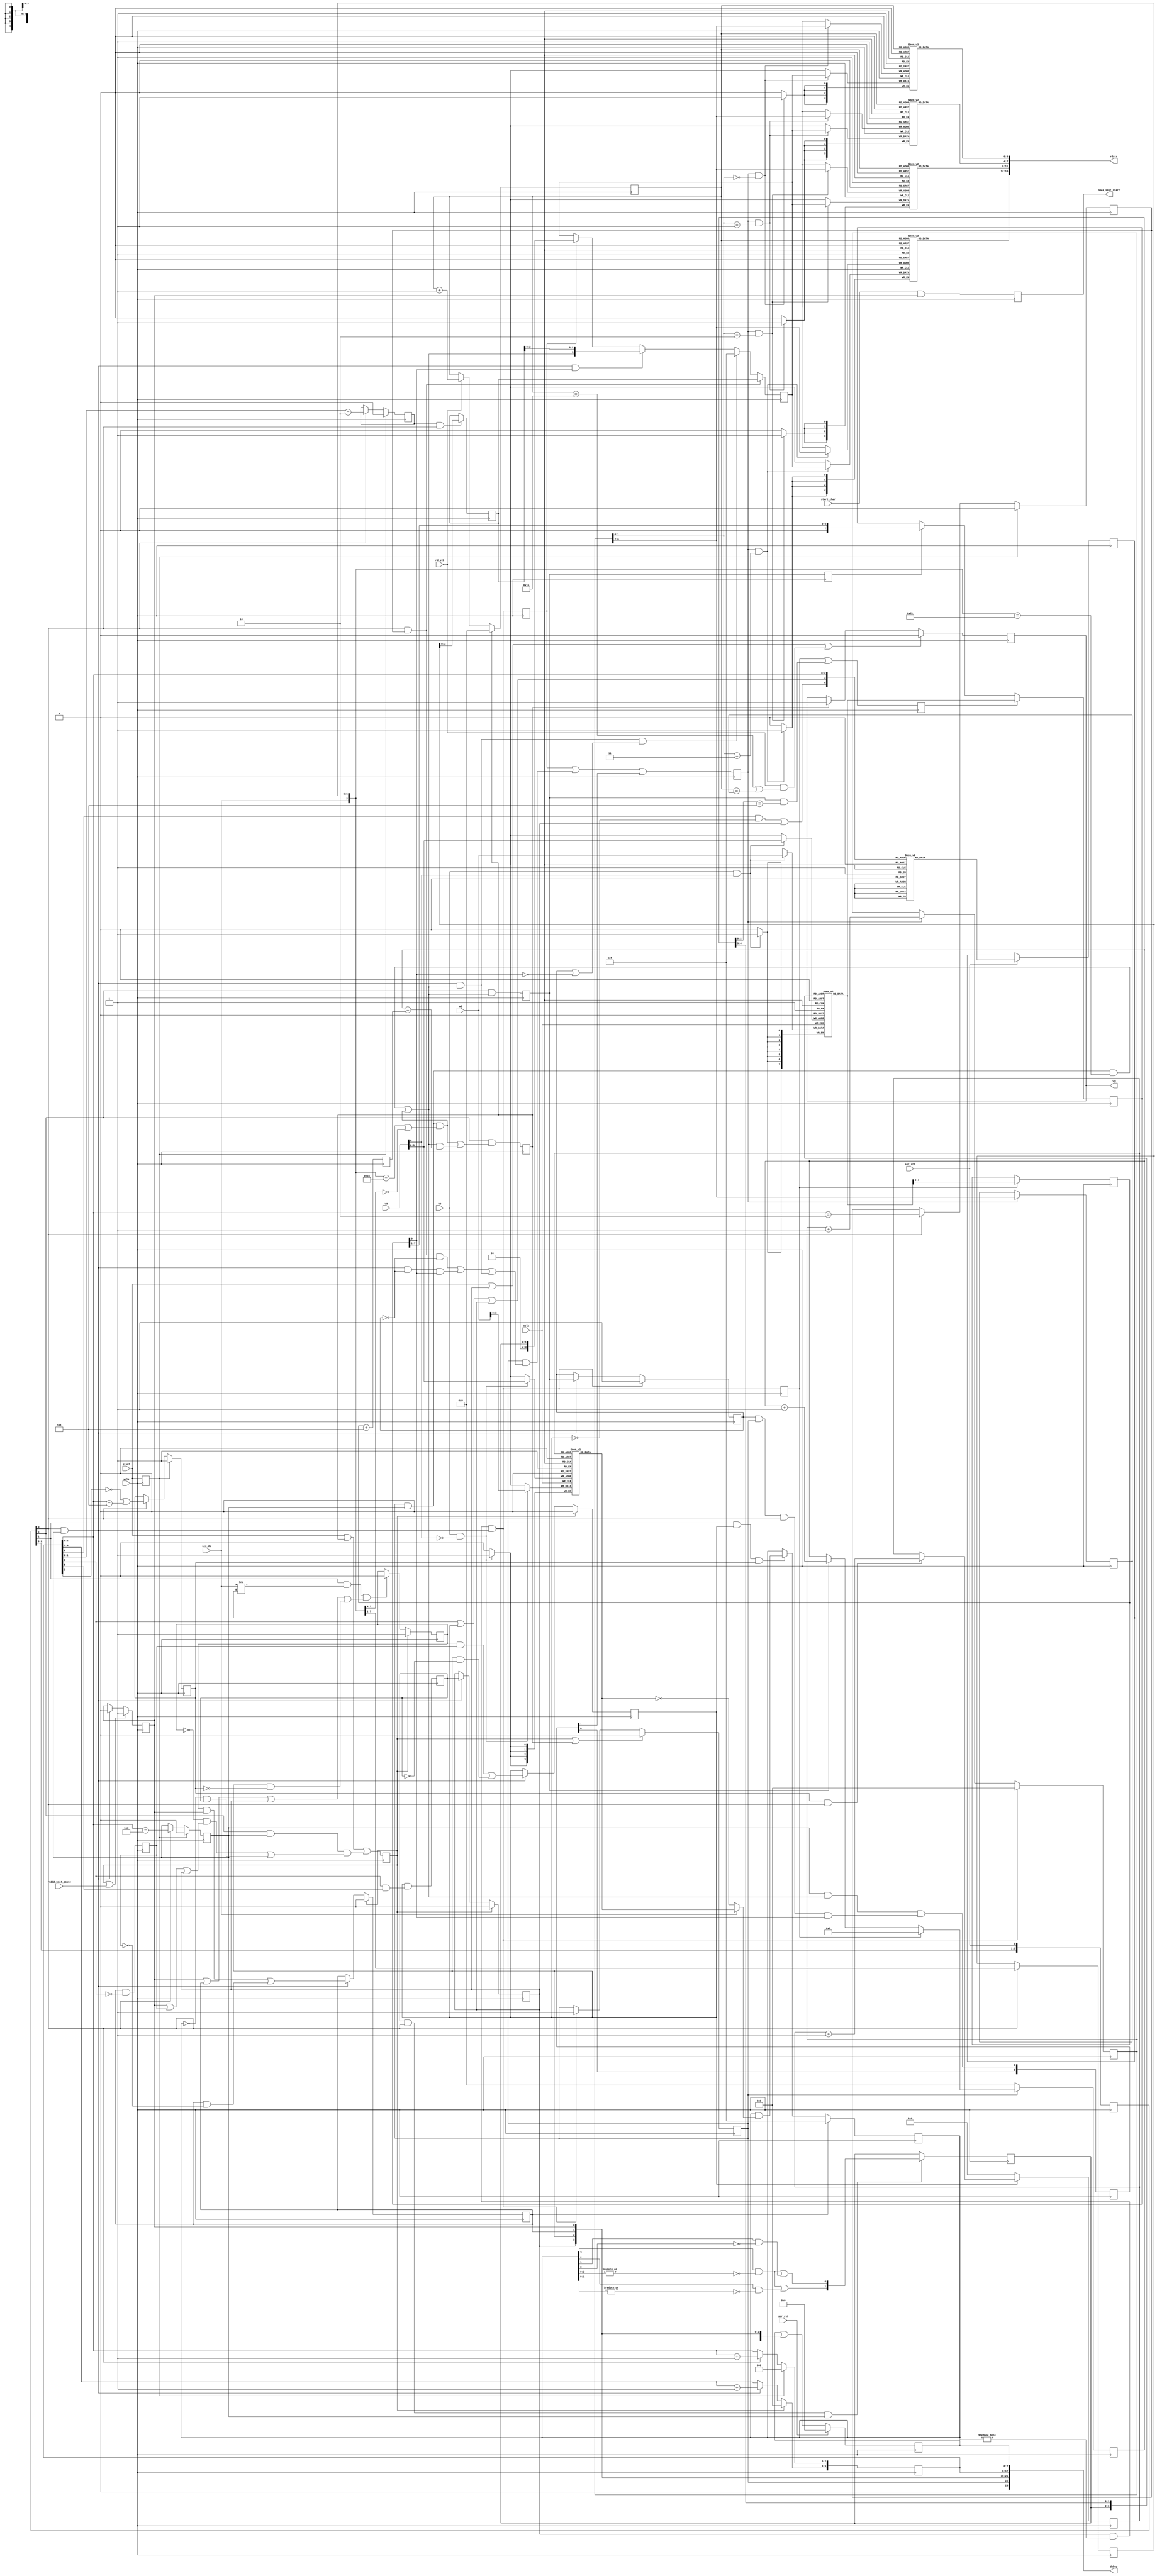
// This program was cloned from: https://github.com/Elphel/x393
// License: GNU General Public License v3.0

/*!
 * <b>Module:</b>nmea_decoder393
 * @file nmea_decoder393.v
 * @date 2015-07-06  
 * @author Andrey Filippov     
 *
 * @brief Decode some of the NMEA sentences (to compress them)
 *
 * @copyright Copyright (c) 2015 Elphel, Inc.
 *
 * <b>License:</b>
 *
 * nmea_decoder393.v is free software; you can redistribute it and/or modify
 * it under the terms of the GNU General Public License as published by
 * the Free Software Foundation, either version 3 of the License, or
 * (at your option) any later version.
 *
 *  nmea_decoder393.v is distributed in the hope that it will be useful,
 * but WITHOUT ANY WARRANTY; without even the implied warranty of
 * MERCHANTABILITY or FITNESS FOR A PARTICULAR PURPOSE.  See the
 * GNU General Public License for more details.
 *
 * You should have received a copy of the GNU General Public License
 * along with this program.  If not, see <http://www.gnu.org/licenses/> .
 *
 * Additional permission under GNU GPL version 3 section 7:
 * If you modify this Program, or any covered work, by linking or combining it
 * with independent modules provided by the FPGA vendor only (this permission
 * does not extend to any 3-rd party modules, "soft cores" or macros) under
 * different license terms solely for the purpose of generating binary "bitstream"
 * files and/or simulating the code, the copyright holders of this Program give
 * you the right to distribute the covered work without those independent modules
 * as long as the source code for them is available from the FPGA vendor free of
 * charge, and there is no dependence on any encrypted modules for simulating of
 * the combined code. This permission applies to you if the distributed code
 * contains all the components and scripts required to completely simulate it
 * with at least one of the Free Software programs.
 */
`timescale 1ns/1ps

module  nmea_decoder393(
    input                         mclk,    // system clock, posedge
    input                         xclk,    // half frequency (80 MHz nominal)
    input                         we,     // registers write enable (@negedge mclk)
    input                   [4:0] wa,     // registers write address
    input                   [7:0] wd,     // write data
    input                         start,  // start of the serail message
    input                         rs232_wait_pause,// may be used as reset for decoder
    input                         start_char,           // serial character start (single pulse)
    output reg                    nmea_sent_start,  // serial character start (single pulse)
    input                         ser_di, // serial data in (LSB first)
    input                         ser_stb,// serial data strobe, single-cycle, first cycle after ser_di valid
    output                        rdy,    // encoded nmea data ready
    input                         rd_stb, // encoded nmea data read strobe (increment address)
    output                 [15:0] rdata,   // encoded data (16 bits)
    input                         ser_rst,
    output                 [23:0] debug);

    reg    [ 9:0] bitnum;
    reg           gp_exp_bit;                   
    reg           valid;              // so far it is a valid sentence
    reg     [3:0] sentence1hot;       // one-hot sentence, matching first 6 bytes ($GPxxx)
    reg           restart;            // reset byte number if the first byte was not "$"
    reg           start_d;
    reg     [3:0] stb;                // ser_stb delayed
    reg           msb,bits37,bit3;
    reg           vfy_dollar;
    reg           vfy_gp;
    reg           vfy_sel_sent;
    reg           vfy_first_comma;    // first comma after $GPxxx
    reg           proc_fields;
    reg           last_vfy_gp;        // delayed by 1 cycle from bit counters
    reg           last_vfy_sent;      // delayed by 1 cycle from bit counters
    reg           lsbs5;              // 5 LSBs during reading 3 last letters in $GPxxx
    reg     [3:0] gpxxx_addr;
    wire    [3:1] sentence1hot_pri;   // sentence1hot made really one-hot
    reg     [1:0] sentence;           // decoded sentence number (0..3)
    reg     [4:0] format_length;      // number of fields in the sentence
    reg     [4:0] format_length_plus_7;
    reg     [4:0] format_field;       // current number of the field in the sentence
    wire          start_format;
    reg           read_format_length; //, read_format_length_d;
    reg           read_format_byte;
    reg           shift_format_byte;
    reg           format_over;
    reg           sentence_over;
    reg     [7:0] format_byte;
    reg     [7:1] last_byte;
    wire          wcomma;             // comma
    wire          weof;               //asterisk, or cr/lf (<0x10)
    wire          wsep;               //any separator 
    reg     [3:0] nibble;
    reg     [3:0] nibble_pre;
    wire    [7:0] wbyte;
    reg           nibble_stb;
    reg           first_byte_in_field;
    reg     [1:0] extra_nibble;       // empty byte field - send two 4'hf nibbles
    reg     [6:0] nibble_count;
    reg     [4:0] raddr;
    wire    [3:0] gpxxx_w_one;
    wire    [7:0] format_data;
    wire          w_sentence_over;
    reg     [4:0] last_word_written;  // number of the last word (4 nibbles) written - used ro deassert rdy (garbage after)
    reg           rdy_r=1'b0;
    reg           save_sent_number;
    reg    [ 7:0] debug0;
    reg    [15:0] debug1;
    reg    [15:0] debug1_or;

    assign debug[23:0] =  {1'b0,
                           proc_fields,
                           vfy_first_comma,
                           vfy_sel_sent,
                           vfy_gp,
                           vfy_dollar,
                           bitnum[9:0],
                           debug0[7:0]};

    assign sentence1hot_pri[3:1] = {sentence1hot[3]& ~|sentence1hot[2:0],
                                    sentence1hot[2]& ~|sentence1hot[1:0],
                                    sentence1hot[1]&  ~sentence1hot[0]};
    assign start_format=           (vfy_first_comma && (sentence1hot[3:0]!=4'h0) && (stb[3] && msb));
  
    assign wbyte[7:0] =            {ser_di,last_byte[7:1]}; // valid up to stb[3];
    assign wcomma =                proc_fields && msb && (wbyte[7:0]==8'h2c);
    assign weof =                  proc_fields && msb && ((wbyte[7:0]==8'h2a) || (wbyte[7:4]==4'h0)); // 0x2a or 0x0? (<0x10)
    assign wsep =                  wcomma || weof;
    assign w_sentence_over =       wsep && (format_field[4:0]==format_length_plus_7[4:0]);
    assign rdy =                   rdy_r;
    
//format_length_plus_7
    always @ (posedge xclk) begin
        if (ser_rst) debug0 [7:0] <= 8'b0;
        else debug0 [7:0] <=debug0 [7:0] | {rdy_r,
                                          proc_fields,
                                          shift_format_byte,
                                          start_format,
                                          vfy_first_comma,
                                          vfy_sel_sent,
                                          vfy_gp,
                                          vfy_dollar};
    
        if (ser_rst) debug1 [15:0] <= 16'b0;
        else if (stb[1] && vfy_sel_sent && lsbs5) debug1 [15:0] <= debug1 [15:0] | debug1_or [15:0];
    
        case (gpxxx_addr[3:0])
            4'h0:  debug1_or[15:0] <= 16'h0001;
            4'h1:  debug1_or[15:0] <= 16'h0002;
            4'h2:  debug1_or[15:0] <= 16'h0004;
            4'h3:  debug1_or[15:0] <= 16'h0008;
            4'h4:  debug1_or[15:0] <= 16'h0010;
            4'h5:  debug1_or[15:0] <= 16'h0020;
            4'h6:  debug1_or[15:0] <= 16'h0040;
            4'h7:  debug1_or[15:0] <= 16'h0080;
            4'h8:  debug1_or[15:0] <= 16'h0100;
            4'h9:  debug1_or[15:0] <= 16'h0200;
            4'ha:  debug1_or[15:0] <= 16'h0400;
            4'hb:  debug1_or[15:0] <= 16'h0800;
            4'hc:  debug1_or[15:0] <= 16'h1000;
            4'hd:  debug1_or[15:0] <= 16'h2000;
            4'he:  debug1_or[15:0] <= 16'h4000;
            4'hf:  debug1_or[15:0] <= 16'h8000;
        endcase
                                          
        stb[3:0] <= {stb[2:0], ser_stb};
        start_d <= start;
        restart <= start || sentence_over || stb[2] && msb && ((!valid && (vfy_dollar || last_vfy_gp || vfy_first_comma)) || // may abort earlier (use vfy_gp)
                                              ((sentence1hot==4'h0) &&  last_vfy_sent)); // may abort earlier (use vfy_sel_sent)
     
        if      (start_d)  bitnum[2:0] <= 3'h0;
        else if (stb[3]) bitnum[2:0] <= bitnum[2:0] + 1;
    
        if      (start_d)  msb <= 1'b0;
        else if (stb[3])   msb <= (bitnum[2:0] ==3'h6);
    
        if      (start_d)  bit3  <= 1'b0;
        else if (stb[3])   bit3 <= (bitnum[2:0] ==3'h2);
    
        if      (start_d)  bits37 <= 1'b0;
        else if (stb[3])   bits37 <= (bitnum[1:0] ==2'h2);
    
        if      (start_d)  lsbs5 <= 1'b1;
        else if (stb[3])   lsbs5 <= !bitnum[2] || (bitnum[2:0] ==3'h7);
        
        if      (restart)       bitnum[9:3] <= 'h0;
        else if (stb[3] && msb) bitnum[9:3] <=  bitnum[9:3] + 1;
        
        if      (restart || rs232_wait_pause)  vfy_dollar <= 1'b1;  // byte 0
        else if (stb[3] && msb)                vfy_dollar <= 1'b0;
    
        last_vfy_gp <= vfy_gp && !bitnum[3];

        if      (restart)       vfy_gp <= 1'b0;
        else if (stb[3] && msb) vfy_gp <= (valid && vfy_dollar) || (vfy_gp && !last_vfy_gp); // bytes 1-2
    
        last_vfy_sent <= vfy_sel_sent && (bitnum[3] && bitnum[5]);

        if      (restart)       vfy_sel_sent <= 1'b0;
        else if (stb[3] && msb) vfy_sel_sent <= (valid && last_vfy_gp) || (vfy_sel_sent && !last_vfy_sent); // bytes 3,4,5
    
        if      (restart)       vfy_first_comma <= 1'b0;
        else if (stb[3] && msb) vfy_first_comma <= last_vfy_sent;
        
        if (restart)                                                                              valid <= 1'b1; // ready @ stb[2]
        else if (stb[1] && (ser_di!=gp_exp_bit) &&
                           (vfy_dollar || vfy_gp || vfy_first_comma || (vfy_sel_sent && !lsbs5))) valid <= 1'b0;
    
     
        if       (!vfy_sel_sent) gpxxx_addr[3:0] <= 4'h0;
        else if (lsbs5 &&stb[3]) gpxxx_addr[3:0] <= gpxxx_addr[3:0] + 1;
        
        if (vfy_gp)                                sentence1hot[3:0] <= 4'hf;
        else if (stb[1] && vfy_sel_sent && lsbs5)  sentence1hot[3:0] <= sentence1hot & (ser_di?(gpxxx_w_one[3:0]): (~gpxxx_w_one[3:0]));
    
        if (last_vfy_sent && stb[3] && msb) sentence[1:0] <= {sentence1hot_pri[3] | sentence1hot_pri[2], sentence1hot_pri[3] | sentence1hot_pri[1]};
        
        if (restart || sentence_over) proc_fields <=1'b0;
        else if (start_format)        proc_fields <=1'b1;
        
        if (!proc_fields)            format_field[4:0] <= 5'h0;
        else if (read_format_length) format_field[4:0] <= 5'h8;
        else if (format_over)        format_field[4:0] <= format_field[4:0] + 1;

        format_length_plus_7[4:0] <= format_length[4:0]+7;

        if      (start_format)  first_byte_in_field <=1'b1;
        else if (stb[3] && msb) first_byte_in_field <=  format_over;
        
        read_format_length <= start_format;
        
        if (read_format_length) format_length[4:0] <= format_data[4:0];
        
        read_format_byte <= read_format_length || (format_over && format_field[2:0]==3'h7); // @stb[4]

        shift_format_byte <= format_over; // @stb[4]

        if       (read_format_byte) format_byte[7:0] <= format_data[7:0];
        else if (shift_format_byte) format_byte[7:0] <= {1'b0,format_byte[7:1]};

    //     format_byte[0] - current format
        if (stb[3]) last_byte[7:1] <= {ser_di,last_byte[7:2]};

        format_over   <=  stb[2] && wsep;

        sentence_over <=  stb[2] && (weof || w_sentence_over);
    
        if (bits37 && stb[3]) nibble_pre[3:0] <= last_byte[4:1]; // always OK
    
        if      (stb[3] && bit3)                             nibble[3:0] <= nibble_pre[3:0];
        else if (stb[3] && msb &&  wsep && (first_byte_in_field || !format_byte[0]))  nibble[3:0] <= 4'hf;
        else if (stb[3] && msb &&           format_byte[0])   nibble[3:0] <= {wsep,nibble_pre[2:0]};
        else if (save_sent_number) nibble[3:0] <= {2'b0,sentence[1:0]};
        
    //first_byte_in_field   
    
        extra_nibble[1:0] <= {extra_nibble[0],
                              msb &&  wsep && first_byte_in_field & proc_fields & stb[3] & format_byte[0]};// active at stb[4], stb[5]

        save_sent_number <= start_format; // valid at stb[4]

        nibble_stb <= save_sent_number ||
                        (proc_fields && ((stb[3] && bit3 && !first_byte_in_field) ||
                        (stb[3] && msb  && !first_byte_in_field && format_byte[0]) ||
                        (stb[3] && msb  && wsep))) || extra_nibble[1]; // extra_nibble[1] will repeat 4'hf
    
        if    (start_format) nibble_count[6:0] <= 7'h0;
        else if (nibble_stb) nibble_count[6:0] <= nibble_count[6:0] + 1;
        
        if (sentence_over) raddr[4:0] <= 5'h0;
        else if (rd_stb)    raddr[4:0] <= raddr[4:0] + 1;

        if (nibble_stb) last_word_written[4:0]<=nibble_count[6:2];

        if      (start || vfy_first_comma || (rd_stb && ((raddr[4:0]==5'h1b) ||(raddr[4:0]==last_word_written[4:0])))) rdy_r <= 1'b0;
        else if (sentence_over)   rdy_r <= 1'b1;

        nmea_sent_start <= start_char && vfy_dollar;
    end
// output buffer to hold up to 32 16-bit words. Written 1 nibble at a time
    // replaced 6 RAM modules with inferred ones
    reg     [3:0] odbuf0_ram[0:31];
    reg     [3:0] odbuf1_ram[0:31];
    reg     [3:0] odbuf2_ram[0:31];
    reg     [3:0] odbuf3_ram[0:31];
    always @ (posedge xclk) if (nibble_stb && (nibble_count[1:0] == 2'h0)) odbuf0_ram[nibble_count[6:2]] <= nibble[3:0];
    always @ (posedge xclk) if (nibble_stb && (nibble_count[1:0] == 2'h1)) odbuf1_ram[nibble_count[6:2]] <= nibble[3:0];
    always @ (posedge xclk) if (nibble_stb && (nibble_count[1:0] == 2'h2)) odbuf2_ram[nibble_count[6:2]] <= nibble[3:0];
    always @ (posedge xclk) if (nibble_stb && (nibble_count[1:0] == 2'h3)) odbuf3_ram[nibble_count[6:2]] <= nibble[3:0];

    assign rdata[ 3: 0] = odbuf0_ram[raddr[4:0]];
    assign rdata[ 7: 4] = odbuf1_ram[raddr[4:0]];
    assign rdata[11: 8] = odbuf2_ram[raddr[4:0]];
    assign rdata[15:12] = odbuf3_ram[raddr[4:0]];

    reg     [3:0] gpxxx_ram[0:15];
    always @ (posedge mclk) if (we &  ~wa[4]) gpxxx_ram[wa[3:0]] <= wd[3:0];
    assign gpxxx_w_one[3:0] =                 gpxxx_ram[gpxxx_addr[3:0]];
// for each of the four sentences first byte - number of field (<=24), next 3 bytes - formats for each nmea field (LSB first):
// 0 - nibble ("-" -> 0xd, "." -> 0xe), terminated with 0xf
// 1 - byte (2 nibbles), all bytes but last have MSB clear, last - set.
// No padding of nibbles to byte borders, bytes are encoded as 2 nibbles
    reg     [7:0] format_ram[0:15];
    always @ (posedge mclk) if (we & wa[4]) format_ram[wa[3:0]] <= wd[7:0];
    assign format_data[7:0] =               format_ram[{sentence[1:0],format_field[4:3]}];

// ROM to decode "$GP"                     
  always @ (posedge xclk) begin
    if (ser_stb) case ({(bitnum[4] & ~ vfy_sel_sent) | vfy_first_comma, bitnum[3] | vfy_sel_sent | vfy_first_comma, bitnum[2:0]}) // during vfy_sel_sent will point to 1 ('G')
      5'h00:  gp_exp_bit <= 1'b0; //$
      5'h01:  gp_exp_bit <= 1'b0;
      5'h02:  gp_exp_bit <= 1'b1;
      5'h03:  gp_exp_bit <= 1'b0;
      5'h04:  gp_exp_bit <= 1'b0;
      5'h05:  gp_exp_bit <= 1'b1;
      5'h06:  gp_exp_bit <= 1'b0;
      5'h07:  gp_exp_bit <= 1'b0;
      5'h08:  gp_exp_bit <= 1'b1; //G
      5'h09:  gp_exp_bit <= 1'b1;
      5'h0a:  gp_exp_bit <= 1'b1;
      5'h0b:  gp_exp_bit <= 1'b0;
      5'h0c:  gp_exp_bit <= 1'b0;
      5'h0d:  gp_exp_bit <= 1'b0;
      5'h0e:  gp_exp_bit <= 1'b1;
      5'h0f:  gp_exp_bit <= 1'b0;
      5'h10:  gp_exp_bit <= 1'b0; //P
      5'h11:  gp_exp_bit <= 1'b0;
      5'h12:  gp_exp_bit <= 1'b0;
      5'h13:  gp_exp_bit <= 1'b0;
      5'h14:  gp_exp_bit <= 1'b1;
      5'h15:  gp_exp_bit <= 1'b0;
      5'h16:  gp_exp_bit <= 1'b1;
      5'h17:  gp_exp_bit <= 1'b0;
      5'h18:  gp_exp_bit <= 1'b0; //'h2c: "," - will use later - attach first comma to $GPxxx,
      5'h19:  gp_exp_bit <= 1'b0;
      5'h1a:  gp_exp_bit <= 1'b1;
      5'h1b:  gp_exp_bit <= 1'b1;
      5'h1c:  gp_exp_bit <= 1'b0;
      5'h1d:  gp_exp_bit <= 1'b1;
      5'h1e:  gp_exp_bit <= 1'b0;
      5'h1f:  gp_exp_bit <= 1'b0;
      default:gp_exp_bit <= 1'bX;
    endcase
  end
endmodule